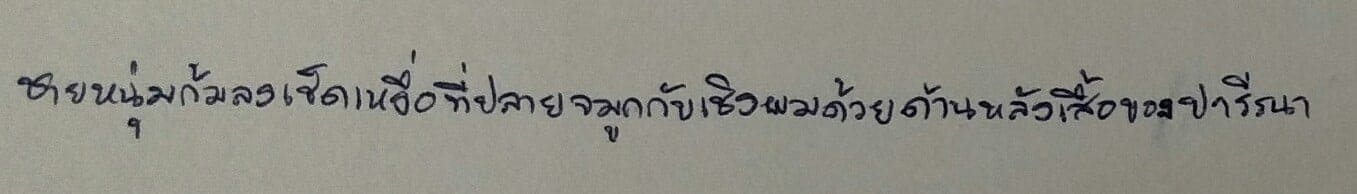
ชายหนุ่มก้มลงเช็ดเหงื่อที่ปลายจมูกกับเชิงผมด้วยด้านหลังเสื้อของปารีณา